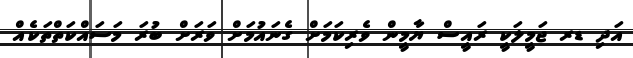
އަދި ޑރ ޖަމީލަކީ ރައީސް ޔާމީން ވެރިކަމަށް ގެނައުމަށް ވަރަށް ބުރަ މަސައްކަތްތަކެއް